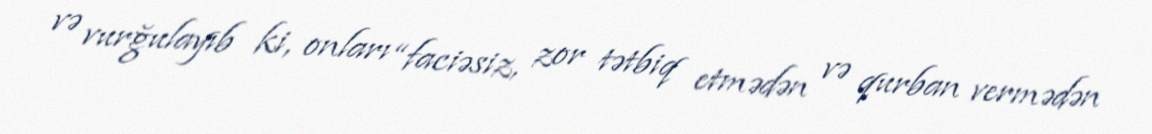
və vurğulayıb ki, onları “faciəsiz, zor tətbiq etmədən və qurban vermədən